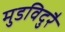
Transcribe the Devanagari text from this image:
मुडविदुरै